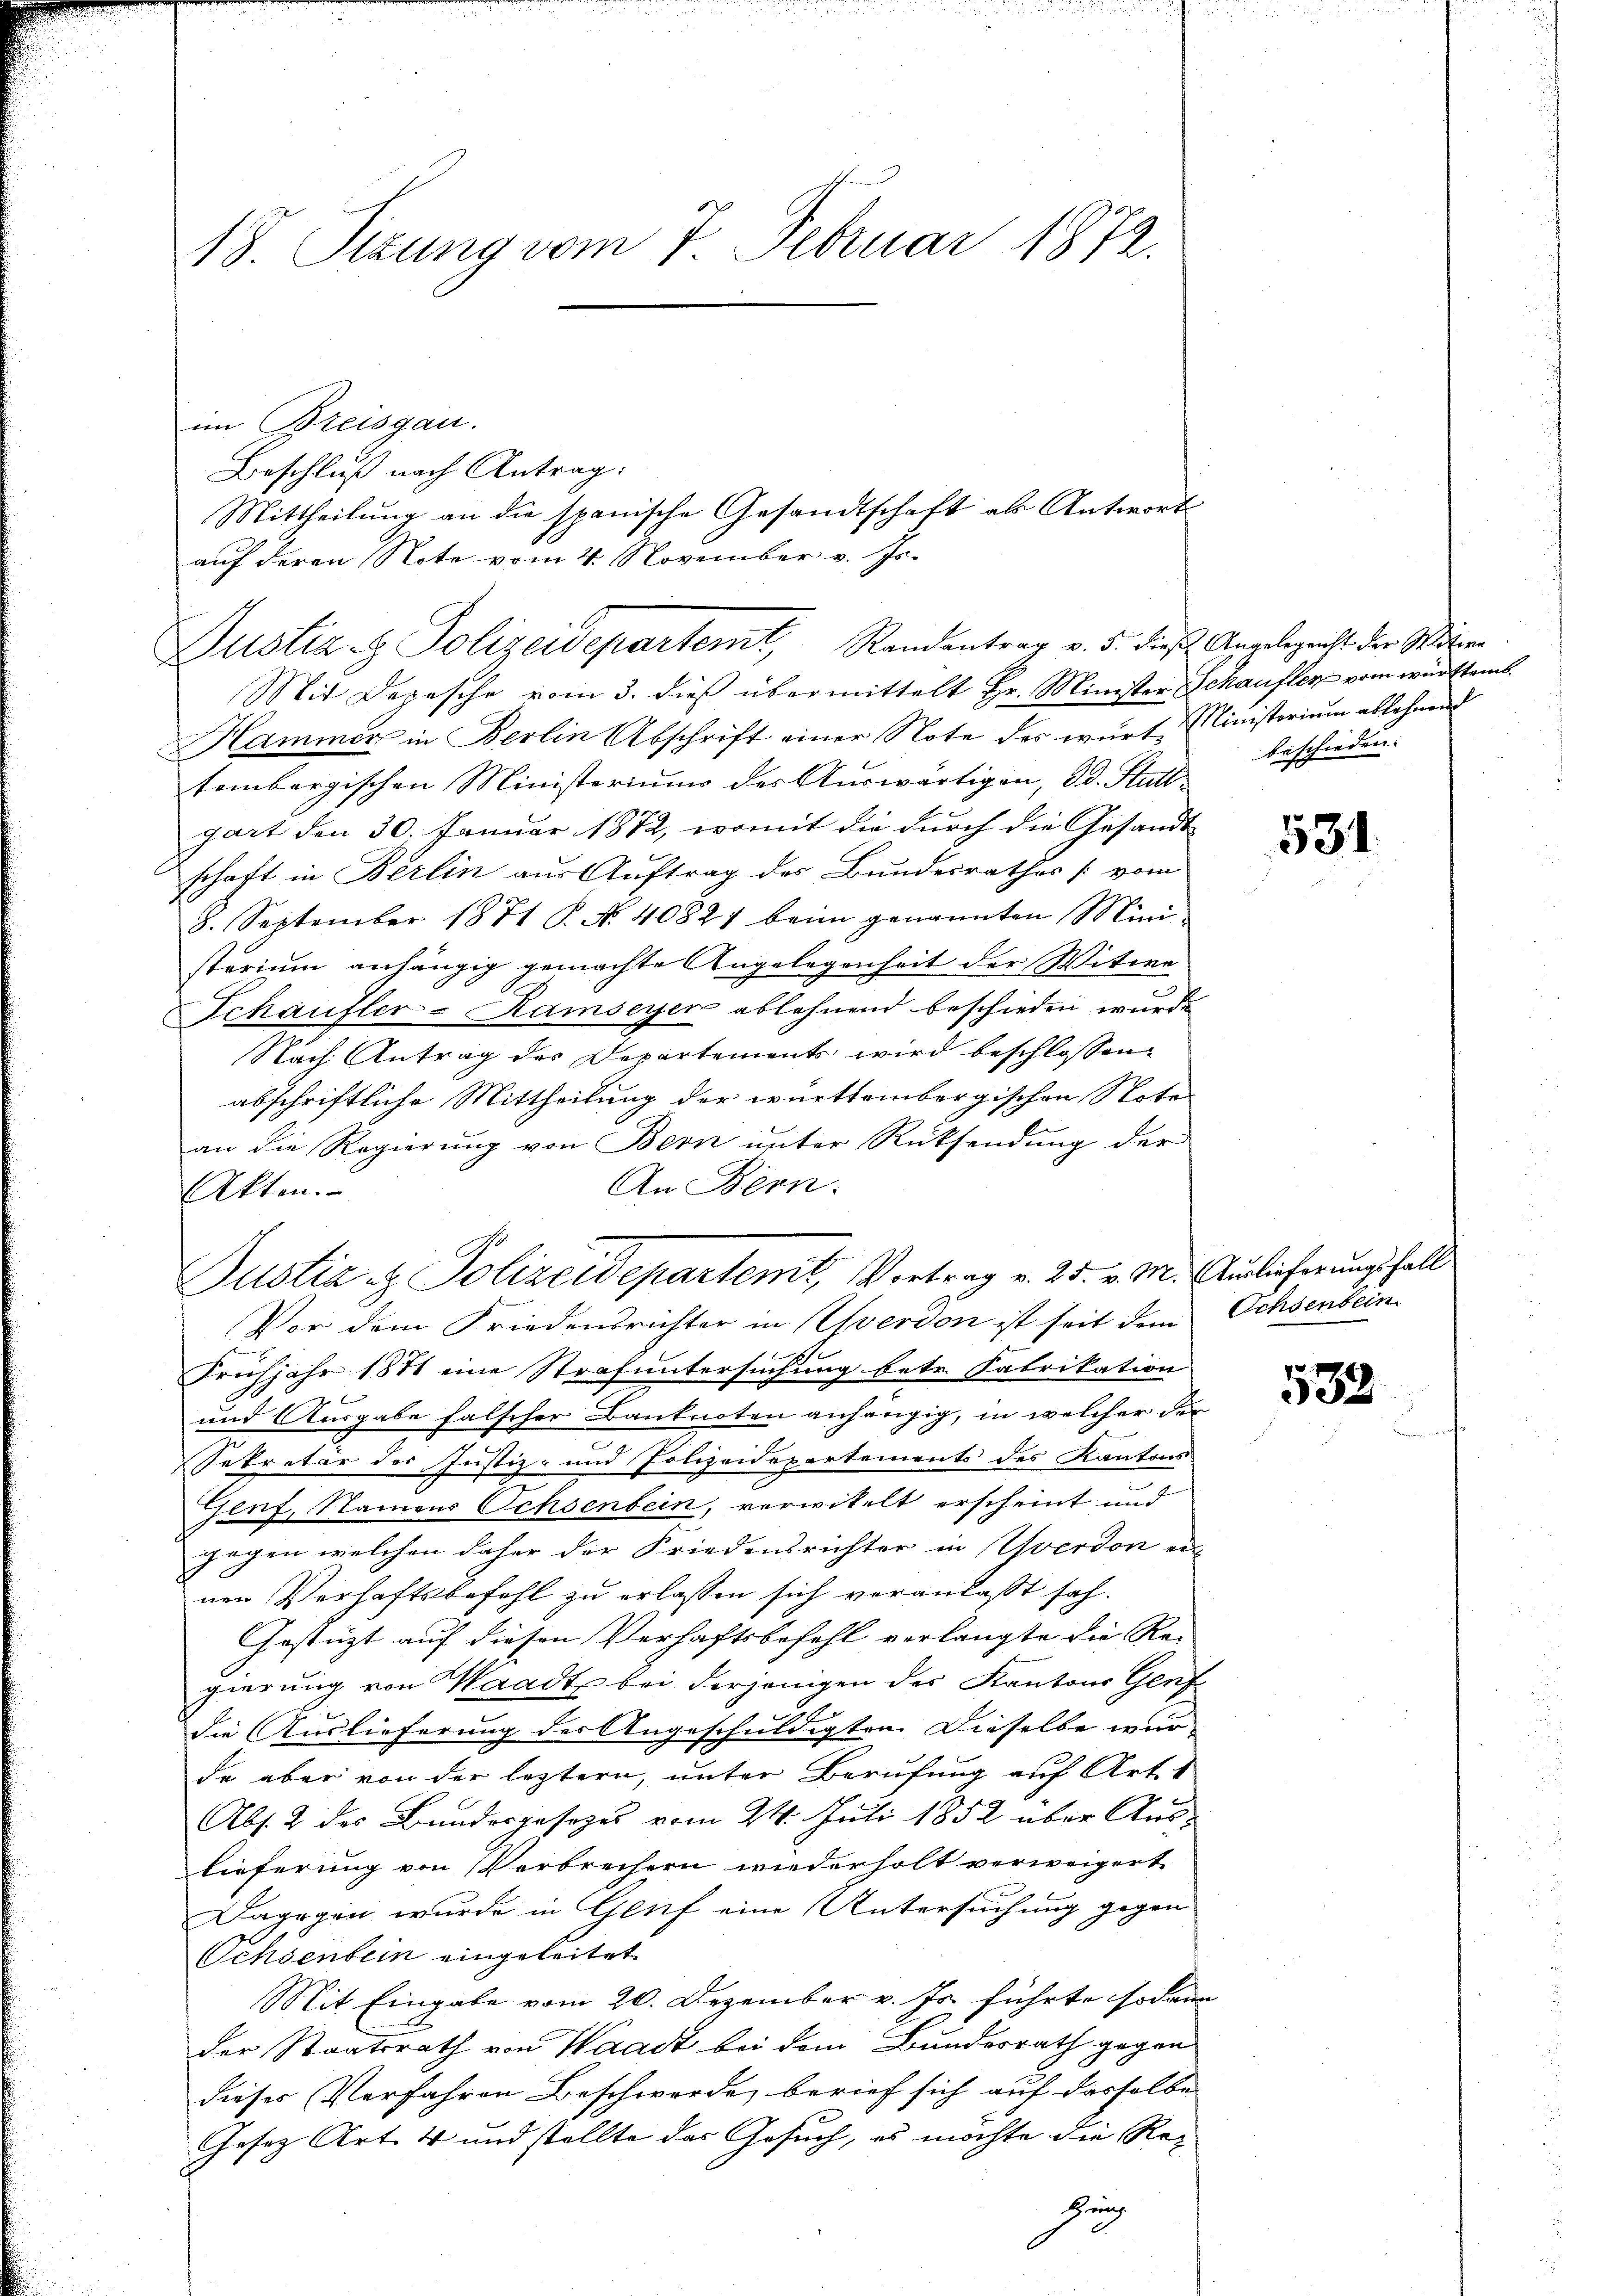
18. Sizung vom 7. Februar 1872.

im Breisgau.
Beschluß nach Antrag:
auf deren Note vom 4. November v. Js.
Mit Depesche vom 3. dieß übermittelt Hr. Minister Schaufler vom württemb.
Hammer in Berlin Abschrift einer Note des würt, Ministerium ablehnend
tembergischen Ministeriums der Auswärtigen, d. d. Stutt
gart den 30. Januar 1872, womit die durch die Gesandtschaft in Berlin aus Auftrag des Bundesrathes [vom
8. September 1871 P. No. 4082 beim genannten Mini
sterium anhängig gemachte Angelegenheit der Witwe
Schaufler-Kamseyer ablehnend beschieden wurde.
Nach Antrag der Departements wird beschlossen
abschriftliche Mittheilung der württembergischen Note
an die Regierung von Bern unter Rücksendung der
An Bern.
Akten.
Vor dem Friedensrichter in Yverdon ist seit dem Ochsenbein
Frühjahr 1871 eine Strafuntersuchung betr. Fabrikation
und Ausgabe falscher Banknoten anhängig, in welcher der
Sekretär der Justiz- und Polizeidepartements des Kantons
Genf, Namens Ochsenbein, verwitelt erscheint und
gegen welchen daher der Friedensrichter in Yverdon ein
nen Verhaftsbefehl zu erlassen sich veranlaßt sah.
Gestüzt auf diesen Verhaftsbefehl verlangte die Rei
gierung von Waadt bei derjenigen des Kantons Genf
die Auslieferung der Angeschuldigten Dieselbe wurde aber von der leztern, unter Berufung auf Art. 1
Abs. 2 des Bundesgesezes vom 24. Juli 1852 über Auslieferung von Verbrechern wiederholt verweigert
Dagegen wurde in Genf eine Untersuchung gegen
Ochsenbein eingeleitet
Mit Eingabe vom 20. Dezember v. Js. führte sodann
der Staatsrath von Waadt bei dem Bundesrath gegen
dieses Verfahren Beschwerde, berief sich auf dasselbe
Gesetz Art. 4 und stellte das Gesuch, es möchte die Re¬
Zung

Mittheilung an die spanische Gesandtschaft als Antworts
Justiz- & Polizeidepartemt, Randantrag v. 5. dieß Angelegenst der Miter

Justiz & Polizeidepartemit, Vortrag v. 25. v. M. Auslieferungsfall

beschieden.

531.

532